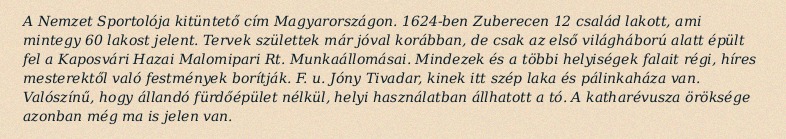
A Nemzet Sportolója kitüntető cím Magyarországon. 1624-ben Zuberecen 12 család lakott, ami mintegy 60 lakost jelent. Tervek születtek már jóval korábban, de csak az első világháború alatt épült fel a Kaposvári Hazai Malomipari Rt. Munkaállomásai. Mindezek és a többi helyiségek falait régi, híres mesterektől való festmények borítják. F. u. Jóny Tivadar, kinek itt szép laka és pálinkaháza van. Valószínű, hogy állandó fürdőépület nélkül, helyi használatban állhatott a tó. A katharévusza öröksége azonban még ma is jelen van.